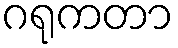
ဂရုကတာ